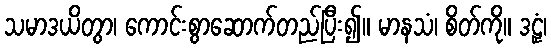
သမာဒယိတွာ၊ ကောင်းစွာဆောက်တည်ပြီး၍။ မာနသံ၊ စိတ်ကို။ ဒဠှံ၊